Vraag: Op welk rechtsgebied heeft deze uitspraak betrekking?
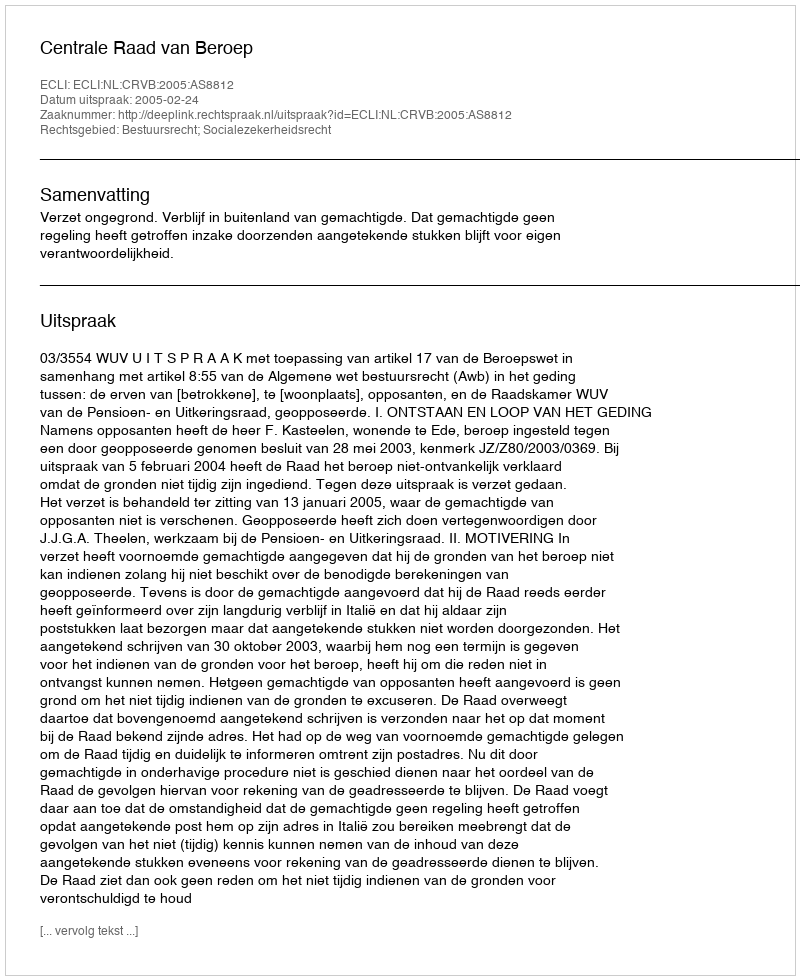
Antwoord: Bestuursrecht; Socialezekerheidsrecht